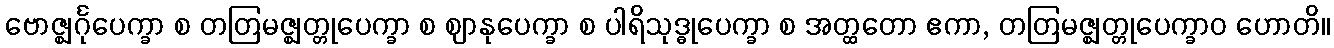
ဗောဇ္ဈင်္ဂုပေက္ခာ စ တတြမဇ္ဈတ္တုပေက္ခာ စ ဈာနုပေက္ခာ စ ပါရိသုဒ္ဓုပေက္ခာ စ အတ္ထတော ဧကာ, တတြမဇ္ဈတ္တုပေက္ခာဝ ဟောတိ။